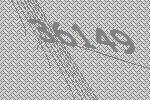
36149